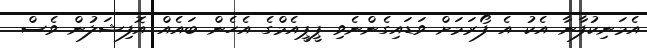
އެމަނިކުފާނާ އެކު އެ ފޯރަމަށް ވަޑައިގެންނެވި ޕީޕީއެމްގެ އެހެން ބައެއް އޮފިޝަލުން ވެސް